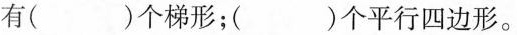
有()个梯形；()个平行四边形。